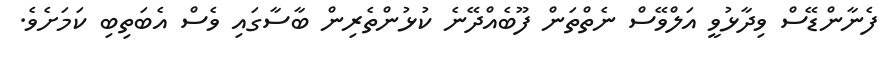
ފެނާންޑޭސް ވިދާޅުވީ އަލްވޭސް ނެތްތަން ފޫބެއްދޭނެ ކުޅުންތެރިން ބާސާގައި ވެސް އެބަތިބި ކަމަށެވެ.